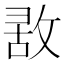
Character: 𢽤